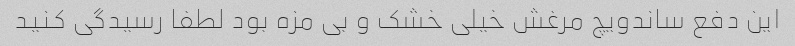
این دفع ساندویچ مرغش خیلی خشک و بی مزه بود لطفا رسیدگی کنید